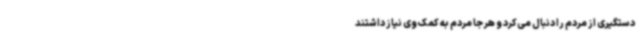
دستگیری از مردم را دنبال می‌کرد و هر جا مردم به کمک وی نیاز داشتند